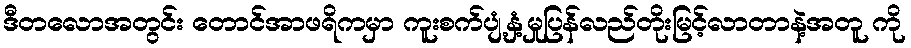
ဒီတလောအတွင်း တောင်အာဖရိကမှာ ကူးစက်ပျံ့နှံ့မှုပြန်လည်တိုးမြင့်လာတာနဲ့အတူ ကို